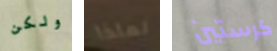
ولكن لماذا كرستين